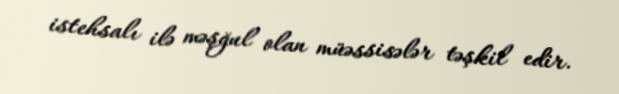
istehsalı ilə məşğul olan müəssisələr təşkil edir.